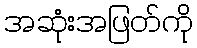
အဆုံးအဖြတ်ကို